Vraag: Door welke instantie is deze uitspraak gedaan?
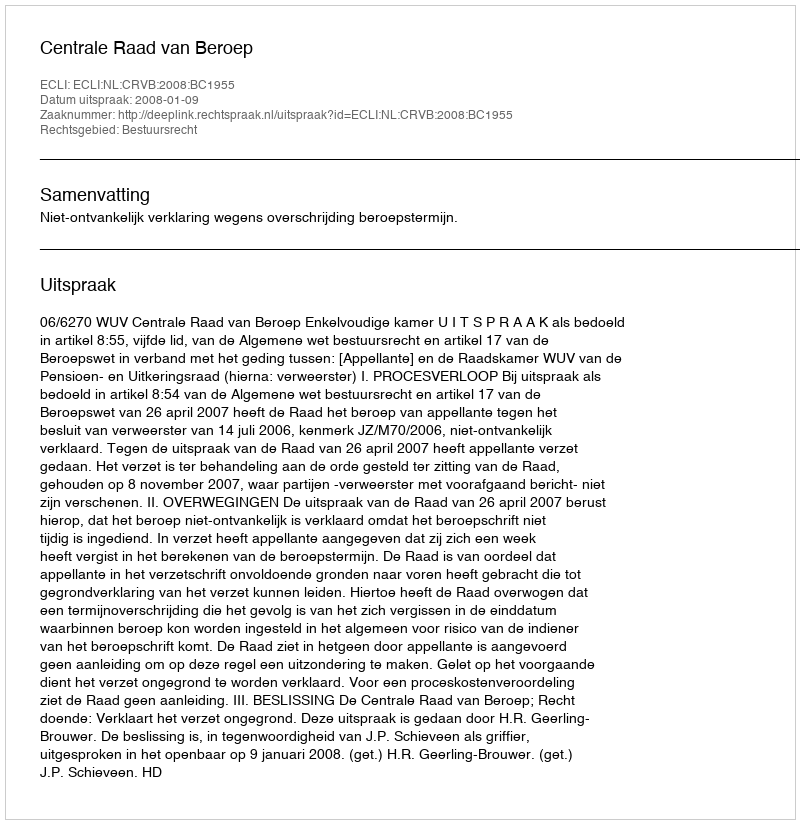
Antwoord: Centrale Raad van Beroep